38_143685_box_Incident_Summaries_101-172
Agency: Department of War
Page 147
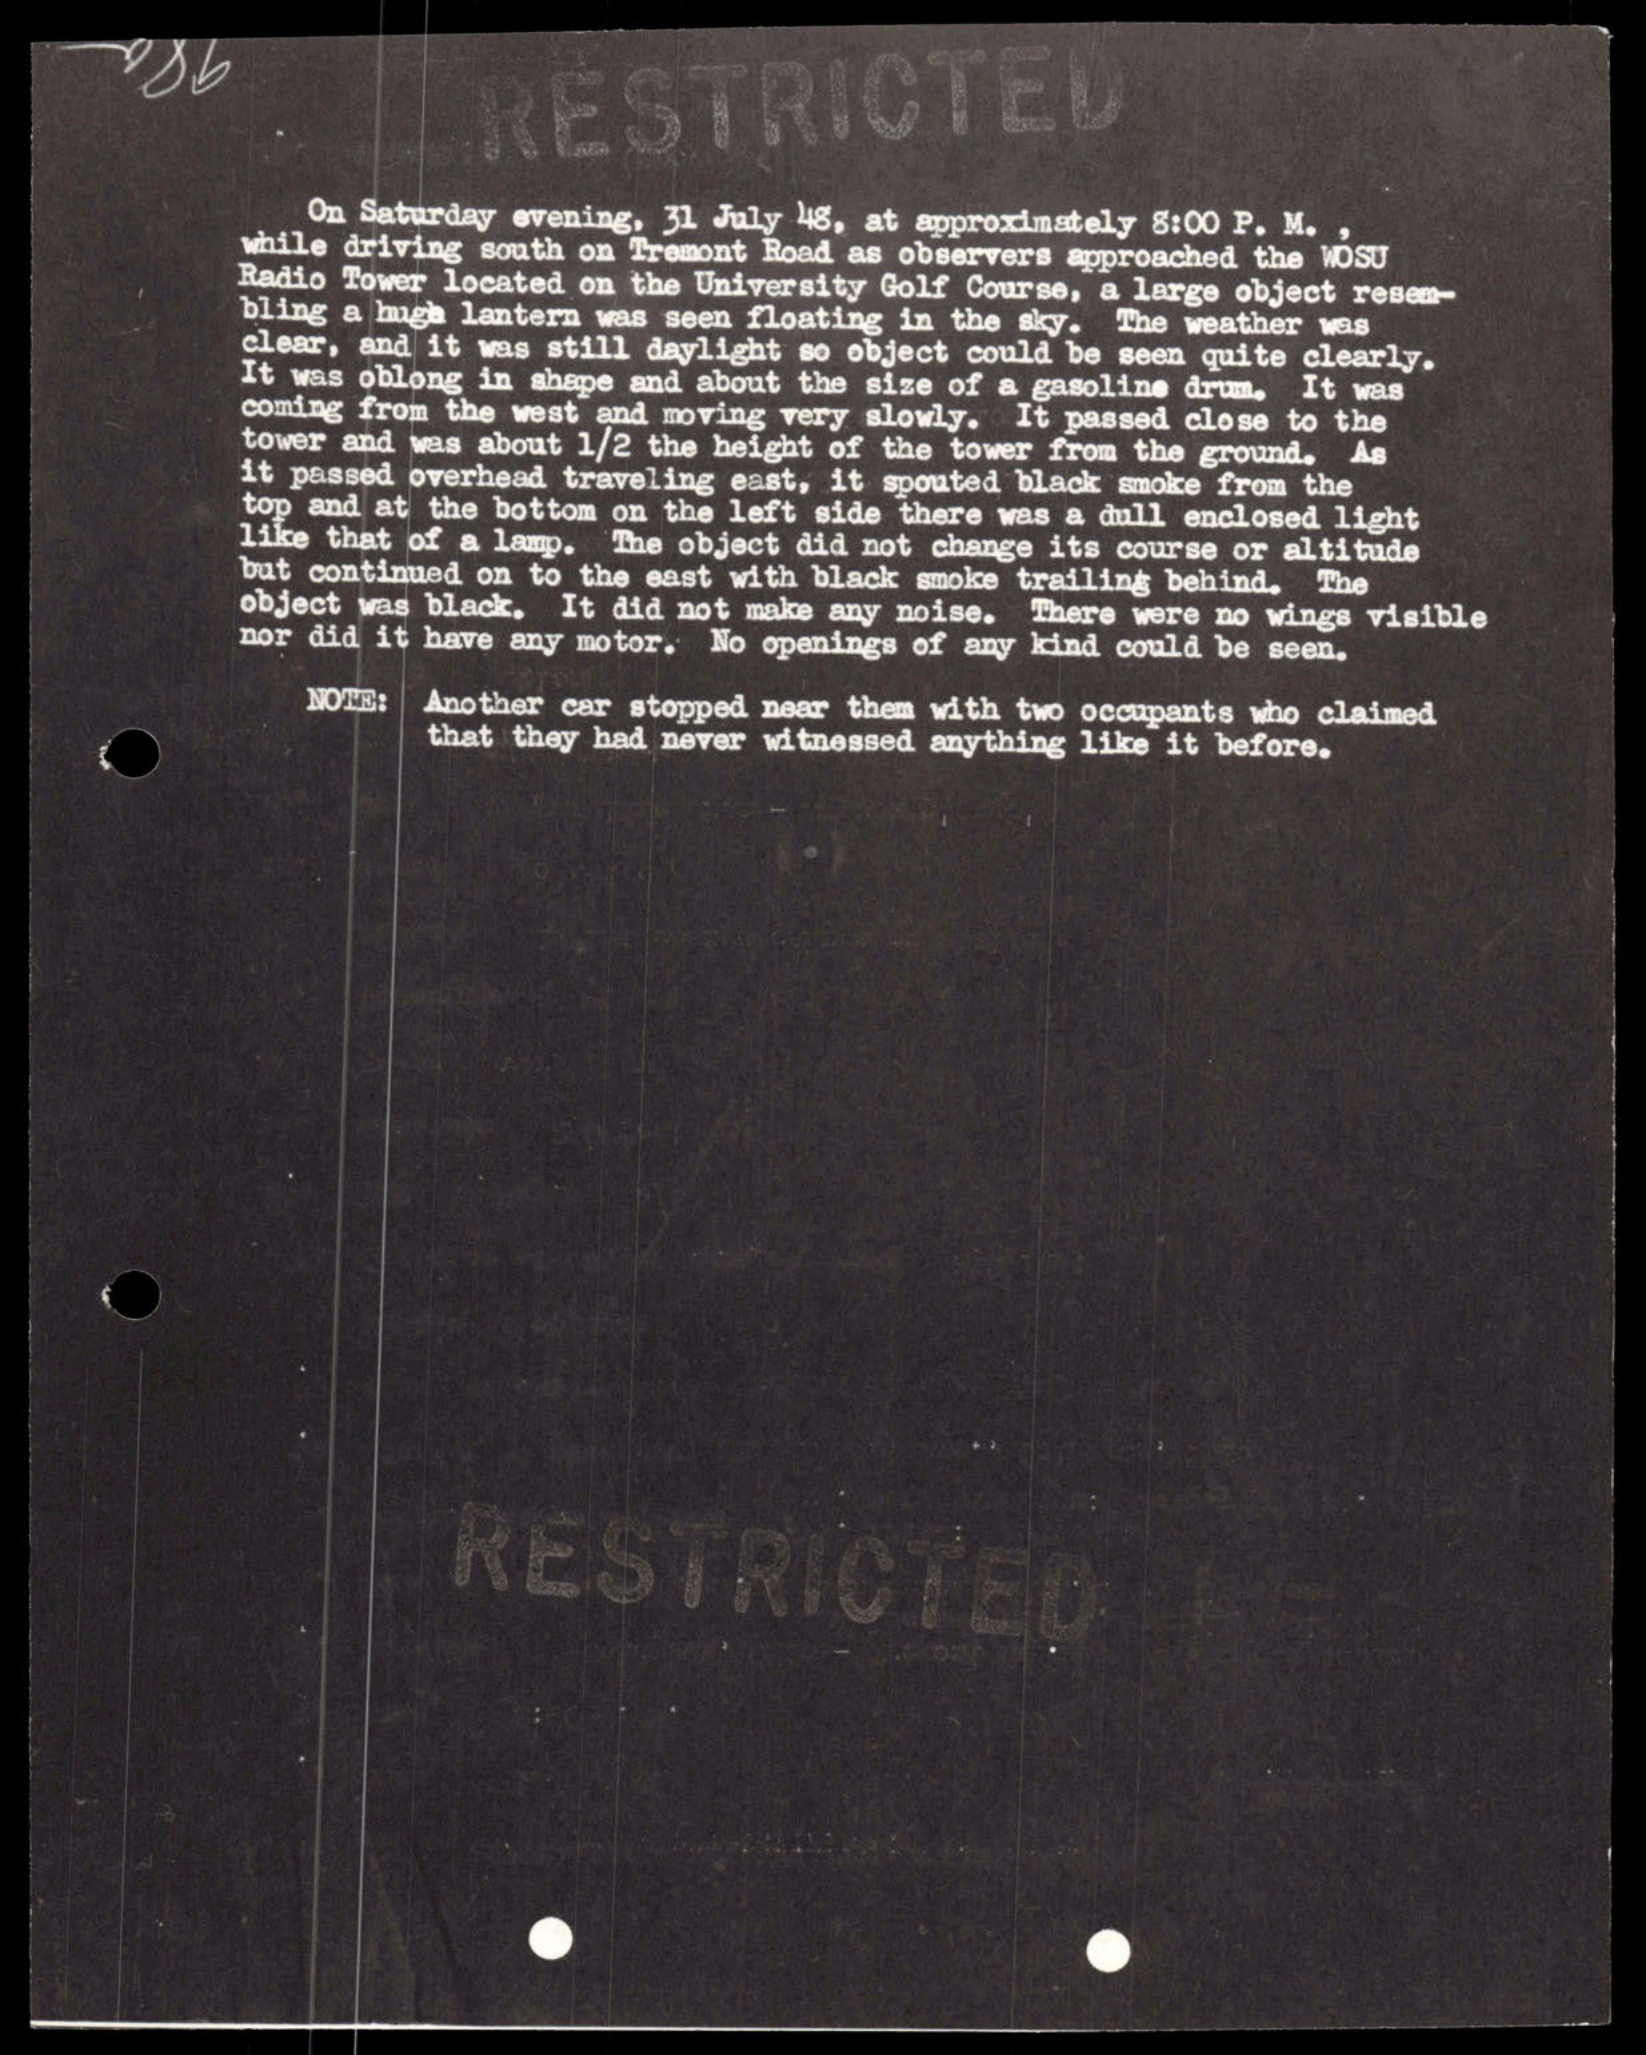